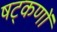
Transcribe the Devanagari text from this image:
षट्‌कणों